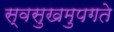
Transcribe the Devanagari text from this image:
स्वसुखमुपगते